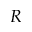
R